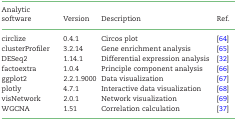
<table><thead><tr><td><b>Analytic software</b></td><td><b>Version</b></td><td><b>Description</b></td><td><b>Ref.</b></td></tr></thead><tbody><tr><td>circlize</td><td>0.4.1</td><td>Circos plot</td><td>[64]</td></tr><tr><td>clusterProfiler</td><td>3.2.14</td><td>Gene enrichment analysis</td><td>[65]</td></tr><tr><td>DESeq2</td><td>1.14.1</td><td>Differential expression analysis</td><td>[32]</td></tr><tr><td>factoextra</td><td>1.0.4</td><td>Principle component analysis</td><td>[66]</td></tr><tr><td>ggplot2</td><td>2.2.1.9000</td><td>Data visualization</td><td>[67]</td></tr><tr><td>plotly</td><td>4.7.1</td><td>Interactive data visualization</td><td>[68]</td></tr><tr><td>visNetwork</td><td>2.0.1</td><td>Network visualization</td><td>[69]</td></tr><tr><td>WGCNA</td><td>1.51</td><td>Correlation calculation</td><td>[37]</td></tr></tbody></table>